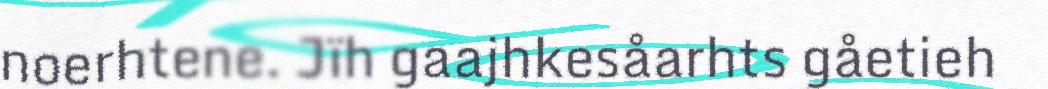
noerhtene. Jïh gaajhkesåarhts gåetieh